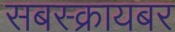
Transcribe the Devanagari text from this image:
सबस्क्रायबर